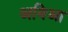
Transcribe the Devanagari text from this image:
अबिआ